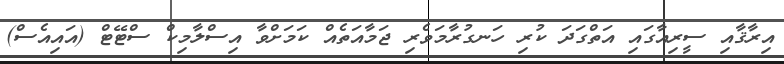
އިރާޤާއި ސީރިއާގައި އަތްގަދަ ކުރި ހަނގުރާމަވެރި ޖަމާއަތެއް ކަމަށްވާ އިސްލާމިކް ސްޓޭޓް (އައިއެސް)